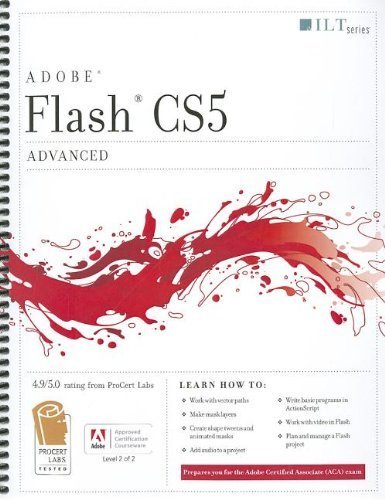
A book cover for Flash Cs5 Professional: Advanced, Aca Edition + Certblaster (ILT); Computers & Technology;